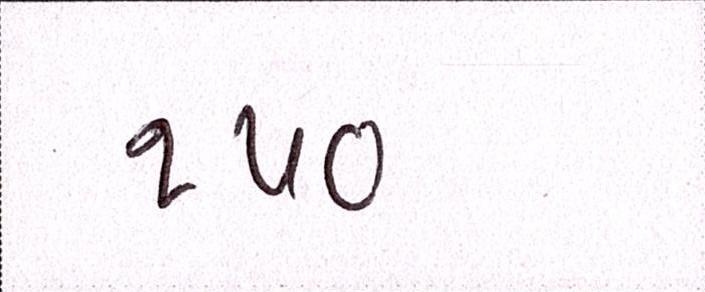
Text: ૧૫૦